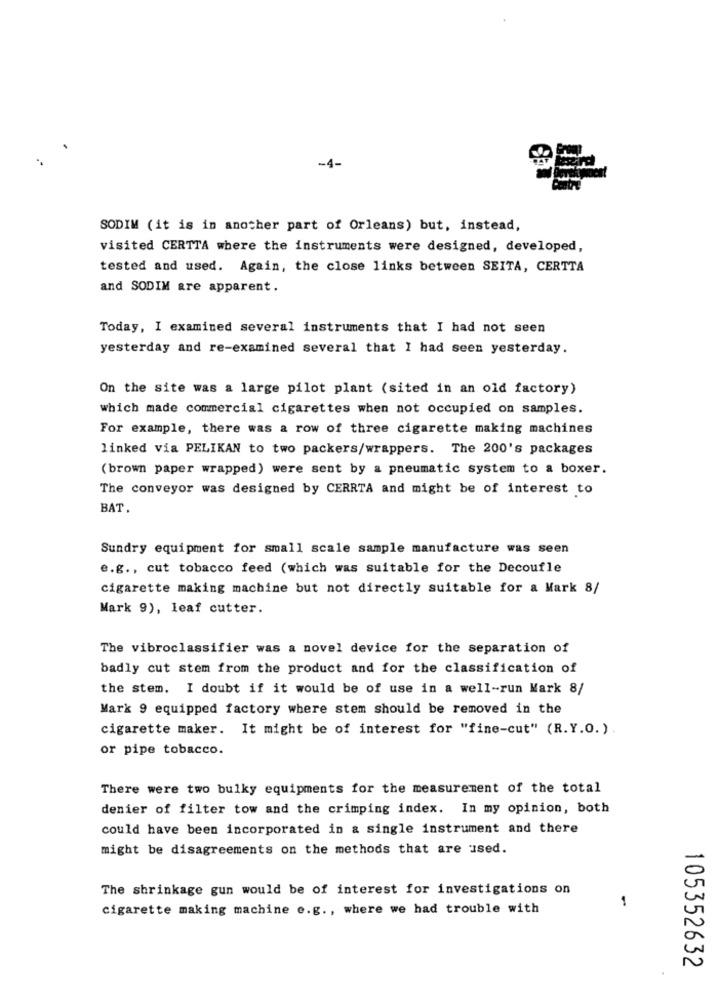
-4-
SODIM (it is in another part of Orleans) but, instead,
visited CERTTA where the instruments were designed, developed,
tested and used. Again, the close links between SEITA, CERTTA
and SODIM are apparent.
Today, I examined several instruments that I had not seen
yesterday and re-examined several that I had seen yesterday.
On the site was a large pilot plant (sited in an old factory)
which made commercial cigarettes when not occupied on samples.
For example, there was a row of three cigarette making machines
linked via PELIKAN to two packers/wrappers. The 200's packages
(brown paper wrapped) were sent by a pneumatic system to a boxer.
The conveyor was designed by CERRTA and might be of interest to
BAT.
Sundry equipment for small scale sample manufacture was seen
e.g ., cut tobacco feed (which was suitable for the Decoufle
cigarette making machine but not directly suitable for a Mark 8/
Mark 9), leaf cutter.
The vibroclassifier was a novel device for the separation of
badly cut stem from the product and for the classification of
the stem. I doubt if it would be of use in a well-run Mark 8/
Mark 9 equipped factory where stem should be removed in the
cigarette maker. It might be of interest for "fine-cut" (R.Y.O.).
or pipe tobacco.
There were two bulky equipments for the measurement of the total
denier of filter tow and the crimping index. In my opinion, both
could have been incorporated in a single instrument and there
might be disagreements on the methods that are used.
The shrinkage gun would be of interest for investigations on
1
cigarette making machine e.g ., where we had trouble with
105352632